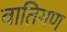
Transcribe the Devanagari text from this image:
वातिगण